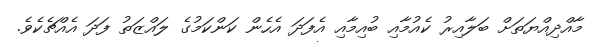
މާއްދިއްޔަތަށް ބަލާއިރު ކެއުމާއި ބުއިމާއި އެފަދަ އެހެން ކަންކަމުގެ ލައްޒަތު ފަދަ އެއްޗެކެވެ.